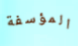
المؤسفة